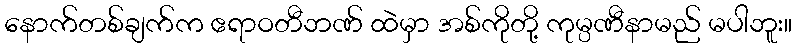
နောက်တစ်ချက်က ဧရာဝတီဘဏ် ထဲမှာ အစ်ကိုတို့ ကုမ္ပဏီနာမည် မပါဘူး။